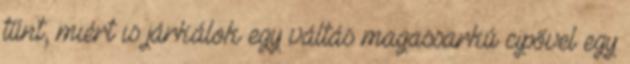
tűnt, miért is járkálok egy váltás magassarkú cipővel egy